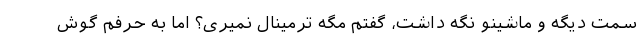
سمت دیگه و ماشینو نگه داشت، گفتم مگه ترمینال نمیری؟ اما به حرفم گوش